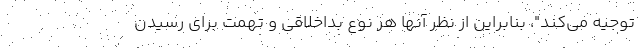
توجیه می‌کند"، بنابراین از نظر آنها هر نوع بداخلاقی و تهمت برای رسیدن